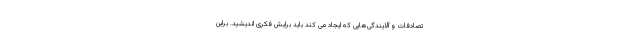
تصادفات و آلایندگی‌هایی که ایجاد می کند باید برایش فکری اندیشید. براین